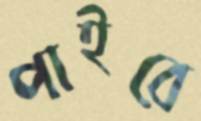
পাইবে